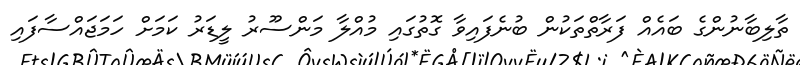
ތާލިބާނުންގެ ބައެއް ފަރާތްތަކުން ބުނެފައިވާ ގޮތުގައި މުއްލާ މަންސޫރު ލީޑަރު ކަމަށް ހަމަޖައްސާފައި